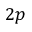
2 p